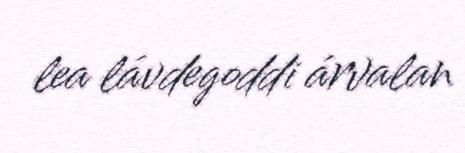
lea lávdegoddi árvalan